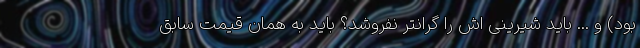
بود) و ... باید شیرینی اش را گرانتر نفروشد؟ باید به همان قیمت سابق